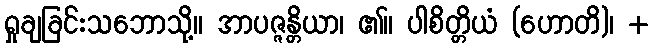
ရှုချခြင်းသဘောသို့။ အာပဇ္ဇန္တိယာ၊ ၏။ ပါစိတ္တိယံ (ဟောတိ)၊ +